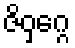
ဇိဝှဂ္ဂေ